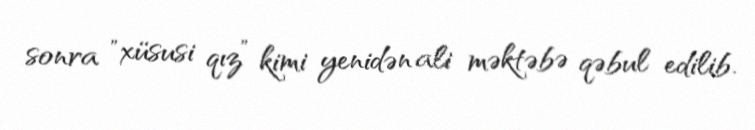
sonra "xüsusi qız” kimi yenidən ali məktəbə qəbul edilib.